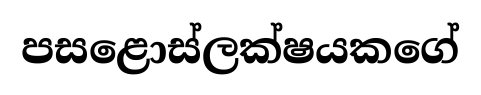
පසළොස්ලක්ෂයකගේ